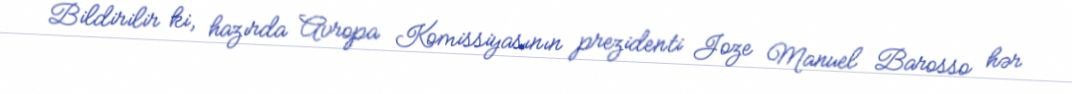
Bildirilir ki, hazırda Avropa Komissiyasının prezidenti Joze Manuel Barosso hər